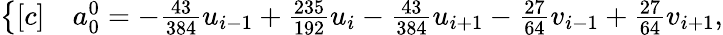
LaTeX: \begin{array}{r}{\left\{ \begin{array}{rl}{[c]}&{{}a_{0}^{0}=-\frac{43}{384}u_{i-1}+\frac{235}{192}u_{i}-\frac{43}{384}u_{i+1}-\frac{27}{64}v_{i-1}+\frac{27}{64}v_{i+1},}\end{array}\right.}\end{array}